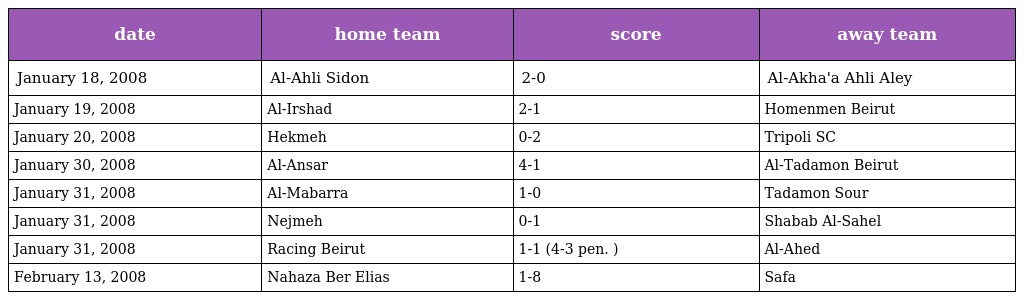
| date | home team | score | away team |
 | --- | --- | --- | --- |
 | January 18, 2008 | Al-Ahli Sidon | 2-0 | Al-Akha'a Ahli Aley |
 | January 19, 2008 | Al-Irshad | 2-1 | Homenmen Beirut |
 | January 20, 2008 | Hekmeh | 0-2 | Tripoli SC |
 | January 30, 2008 | Al-Ansar | 4-1 | Al-Tadamon Beirut |
 | January 31, 2008 | Al-Mabarra | 1-0 | Tadamon Sour |
 | January 31, 2008 | Nejmeh | 0-1 | Shabab Al-Sahel |
 | January 31, 2008 | Racing Beirut | 1-1 (4-3 pen. ) | Al-Ahed |
 | February 13, 2008 | Nahaza Ber Elias | 1-8 | Safa |